Scottish Leaving Certificate Examination, 1959
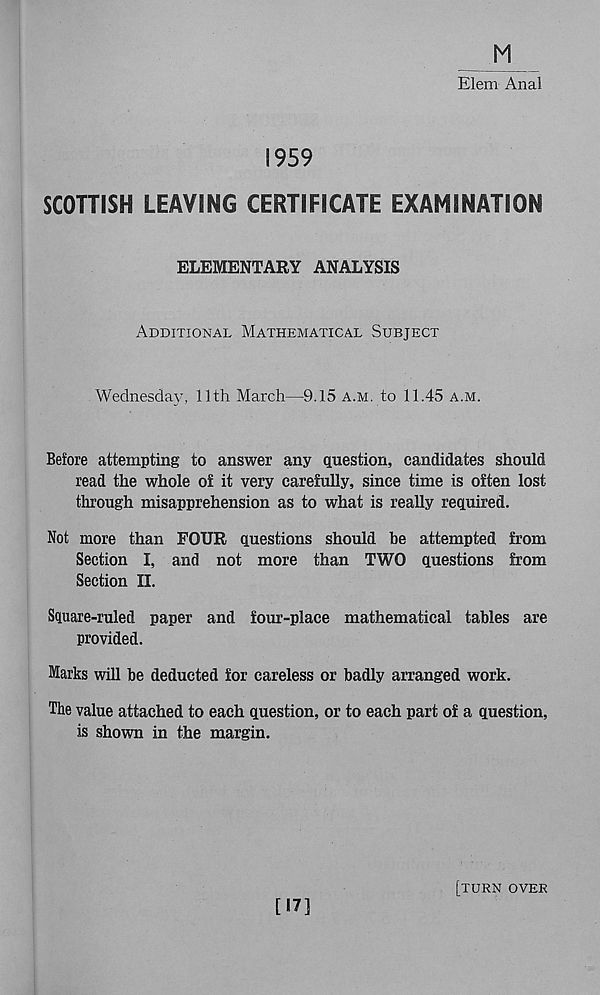
M
Elem Anal
S959
SCOTTISH LEAVING CERTIFICATE EXAMINATION
ELEMENTARY ANALYSIS
Additional Mathematical Subject
Wednesday, 11th March—9.15 a.m. to 11.45 a.m.
Before attempting to answer any question, candidates should
read the whole of it very carefully, since time is often lost
through misapprehension as to what is really required.
Not more than FOUR questions should be attempted from
Section I, and not more than TWO questions from
Section II.
Square-ruled paper and four-place mathematical tables are
provided.
Marks will be deducted for careless or badly arranged work.
The value attached to each question, or to each part of a question,
is shown in the margin.
[17]
[turn over